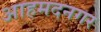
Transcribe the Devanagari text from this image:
आहमदनगर